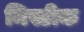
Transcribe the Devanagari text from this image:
मिस्टीक